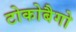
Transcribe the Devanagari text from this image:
टोकोबैगो